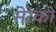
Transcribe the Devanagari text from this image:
मेरेको